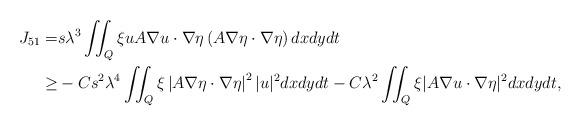
LaTeX: \begin{align*}J_{51}=&s \lambda^3 \iint_Q \xi u A \nabla u \cdot \nabla \eta \left( A \nabla \eta \cdot \nabla \eta\right) dx dy dt\\\geq&-Cs^2 \lambda^4 \iint_Q \xi\left|A \nabla \eta \cdot \nabla \eta\right|^2|u|^2 dx dy dt-C\lambda^2 \iint_Q \xi| A\nabla u \cdot\nabla \eta|^2 dx dy dt,\end{align*}